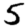
Digit: 5